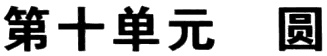
第十单元 圆